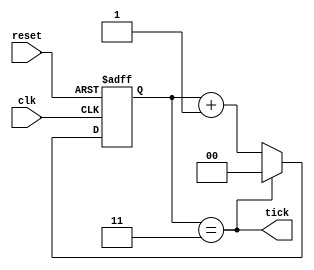
`timescale 1ns / 1ps
//////////////////////////////////////////////////////////////////////////////////
// Project: Lab 1
// Created by <Vinh Vu> on <September 22, 2018>
// Copright @ 2018 <Vinh Vu>. All rights reserved
//
// Purpose: The ticker intakes in the default clock frequency and generate a 
// 40 ns, or 25 MHz clock. 
// 
// In submitting this file for class work at CSULB
// I am confirming that this is my work and the work of no one else. In 
// submitting this code I acknowledge that plagiarism in student project
// work is subject to dismissal from the class. 
////////////////////////////////////////////////////////////////////////////////
module ticker( clk , reset , tick ) ;
	// Input declarations
	input       clk   , reset ;
	
	// Output declarations
	output      tick  ; 
	
	// Register to hold values for D and count 
	reg  [1:0] count , D ;
	
	// Tick goes high if count counts up to 4 in decimal
	assign tick = (count == 2'd3);
	
	// If tick goes high, reset D. If tick is not yet high,
	// continue to increment D
	always @ (*)
		if (tick) 
			D = 2'b0;
		else
			D = count + 2'b1;
	
	// If reset goes high, count goes 0. Else count gets D for 
	// incrementing 
	always @ (posedge clk, posedge reset)
		if (reset) 
			count <= 2'b0;
		else
			count <= D;
		
endmodule // end of ticker